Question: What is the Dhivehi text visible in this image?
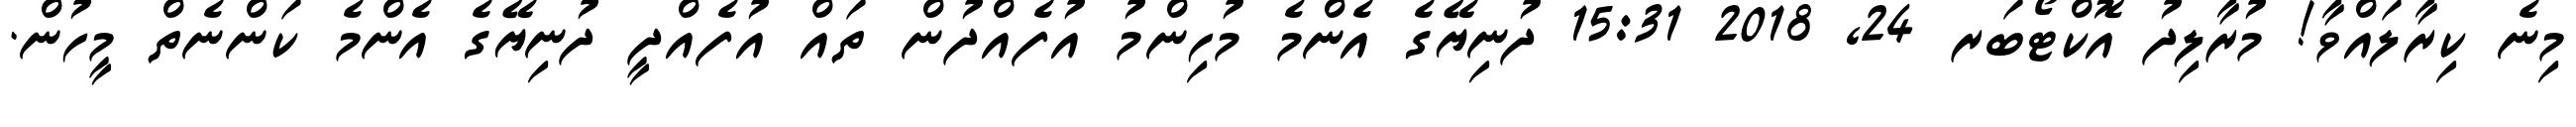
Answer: މިނެ ކިރާލައްވާ! މުރާލިދު އޮކްޓޯބަރ 24, 2018 15:31 ދުނިޔޭގެ އެންމެ މުހިންމު އުފެއްދުން ތައް އުފެއްދީ ދުނިޔޭގެ އެންމެ ކަންނެތް މީހުން.